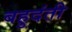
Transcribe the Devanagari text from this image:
बहुदंती